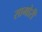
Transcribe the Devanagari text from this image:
सामोरीं